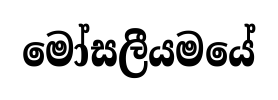
මෝසලීයමයේ